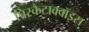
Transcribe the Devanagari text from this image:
पिस्कैटाक्वॉइस